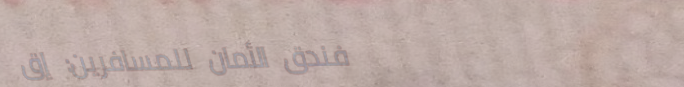
فندق الأمان للمسافرين: إق